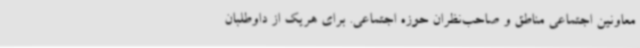
معاونین اجتماعی مناطق و صاحب‌نظران حوزه اجتماعی. برای هریک از داوطلبان